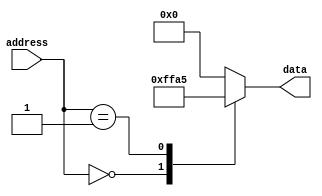
module rom(
    input [7:0] address,
    output reg [7:0] data
);

always @* begin
    case(address)
        8'h00: data = 8'hFF; //Example data value stored in memory block 0
        8'h01: data = 8'hA5; //Example data value stored in memory block 1
        // Add more memory blocks here as needed
        default: data = 8'h00; //Default data value if address is not valid
    endcase
end

endmodule